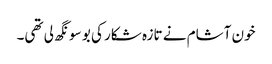
خون آشام نے تازہ شکار کی بو سونگھ لی تھی۔